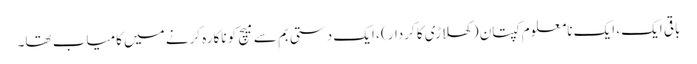
باقی ایک ، ایک نامعلوم کپتان (کھلاڑی کا کردار) ، ایک دستی بم سے میچ کو ناکارہ کرنے میں کامیاب تھا۔